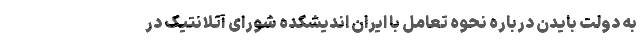
به دولت بایدن درباره نحوه تعامل با ایران اندیشکده شورای آتلانتیک در